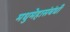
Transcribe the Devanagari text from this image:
मधुमेहासंबंधी